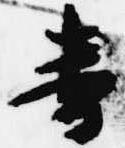
番